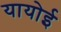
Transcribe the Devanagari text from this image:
यायोई